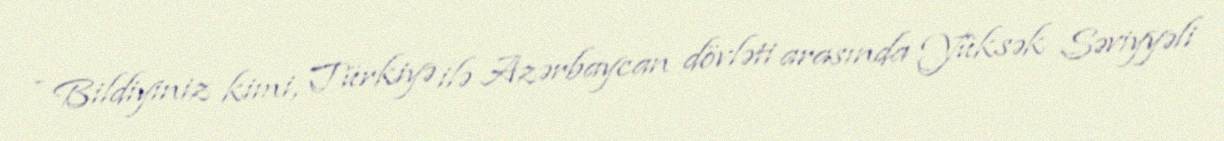
- Bildiyiniz kimi, Türkiyə ilə Azərbaycan dövləti arasında Yüksək Səviyyəli